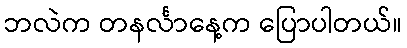
ဘလဲက တနင်္လာနေ့က ပြောပါတယ်။